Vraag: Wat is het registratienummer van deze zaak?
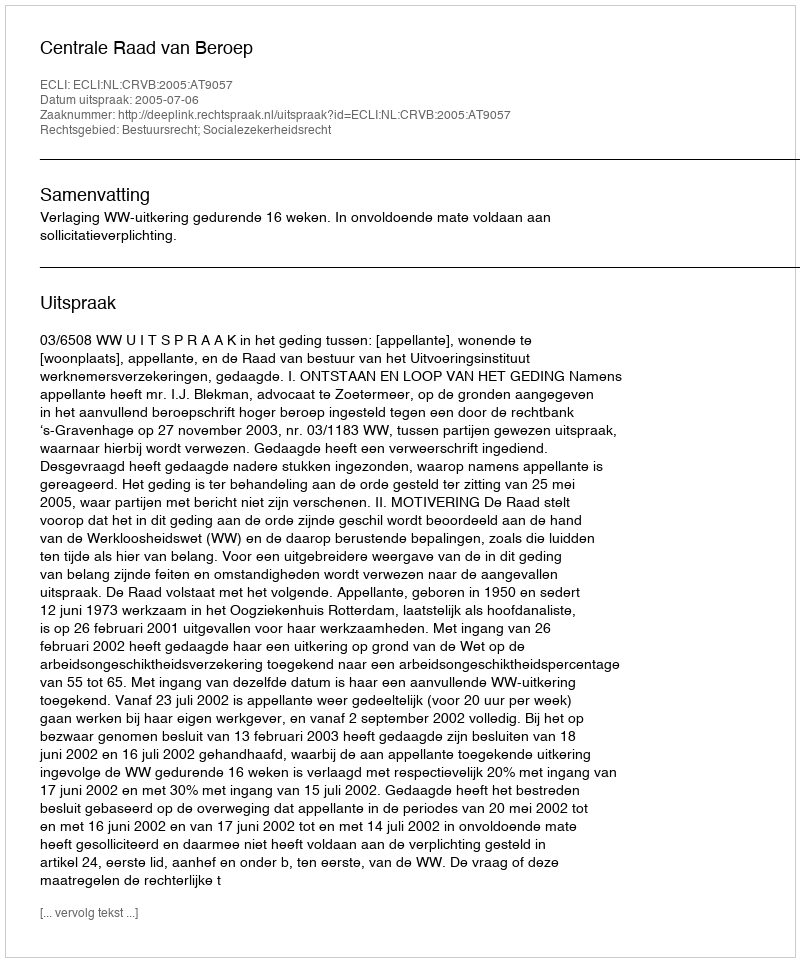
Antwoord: http://deeplink.rechtspraak.nl/uitspraak?id=ECLI:NL:CRVB:2005:AT9057